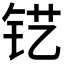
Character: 𮷾